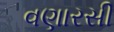
વણારસી